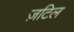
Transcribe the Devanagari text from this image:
ज़टिल